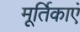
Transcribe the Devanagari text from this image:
मूर्तिकाएं